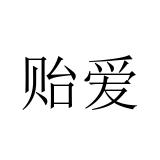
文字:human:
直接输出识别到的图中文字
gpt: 贻爱